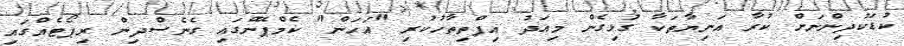
ކުޑަކުދިންނަށް ކުރާ އަނިޔާތަކާ ގުޅިގެން މިއަދު އިފްތިތާހުކުރި "އަހަން" ކެމްޕޭންގައި ގެނެސްދިން ރިޕޯޓެއްގައި